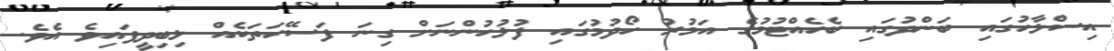
އިސްލާހުގައި ބަންދުގައި ބެހެއްޓުމުގެ އަމުރު ހޯދުމުގައި ފުލުހުންނަށް ގިނަ ފަސޭހަތަކެއް ލިބިދީފައިވެ އެވެ.